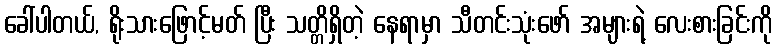
ခေါ်ပါတယ်, ရိုးသားဖြောင့်မတ် ပြီး သတ္တိရှိတဲ့ နေရာမှာ သီတင်းသုံးဖော် အများရဲ့ လေးစားခြင်းကို